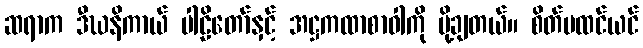
ဆရာက ဒီဃနိကာယ် ပါဠိတော်နှင့် အဋ္ဌကထာစာဝါကို ပို့ချတယ်။ စိတ်မထင်ယင်